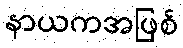
နာယကအဖြစ်